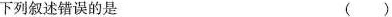
下列叙述错误的是 ( )